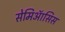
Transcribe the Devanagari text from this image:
सेमिऑसिस